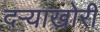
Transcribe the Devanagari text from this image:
दऱ्‍याखोरी